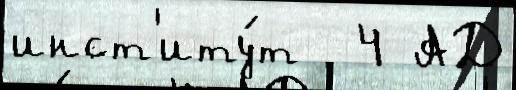
инст'иту́т  4 АД